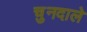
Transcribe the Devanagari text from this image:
चुनदाले